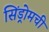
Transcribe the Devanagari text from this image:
सिंड्रोमची